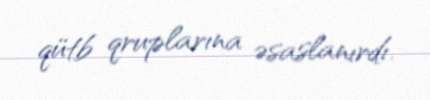
qütb qruplarına əsaslanırdı.